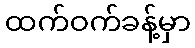
ထက်ဝက်ခန့်မှာ